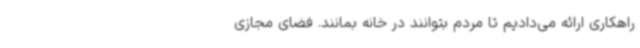
راهکاری ارائه می‌دادیم تا مردم بتوانند در خانه بمانند. فضای مجازی